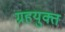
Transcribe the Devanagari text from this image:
ग्रहयुक्त